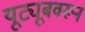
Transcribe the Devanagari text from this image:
यूट्यूबवरून